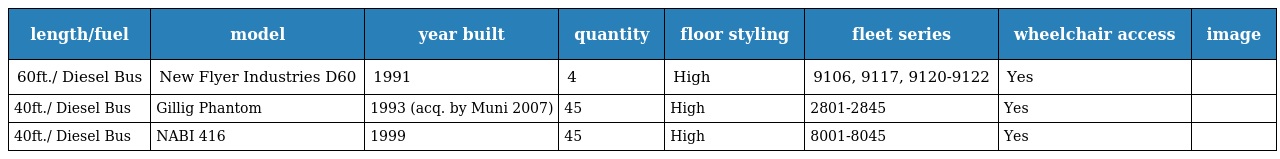
| length/fuel | model | year built | quantity | floor styling | fleet series | wheelchair access | image |
 | --- | --- | --- | --- | --- | --- | --- | --- |
 | 60ft./ Diesel Bus | New Flyer Industries D60 | 1991 | 4 | High | 9106, 9117, 9120-9122 | Yes |  |
 | 40ft./ Diesel Bus | Gillig Phantom | 1993 (acq. by Muni 2007) | 45 | High | 2801-2845 | Yes |  |
 | 40ft./ Diesel Bus | NABI 416 | 1999 | 45 | High | 8001-8045 | Yes |  |